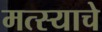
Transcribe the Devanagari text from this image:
मत्स्याचे